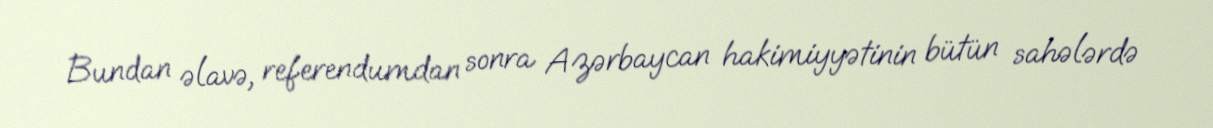
Bundan əlavə, referendumdan sonra Azərbaycan hakimiyyətinin bütün sahələrdə